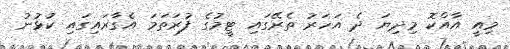
މިއީ އާއްކޮ މިދިޔަ ދެ އަހަރު ތެރޭގައި ޓީމުގެ ފުރަތަމަ އެގާރައިގައި ކުޅުނު